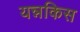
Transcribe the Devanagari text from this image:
यन्नकिस